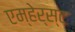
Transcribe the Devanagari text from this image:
एम्हेर्स्ट